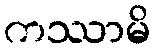
ကဿာမိ